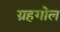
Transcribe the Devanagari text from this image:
ग्रहगोल